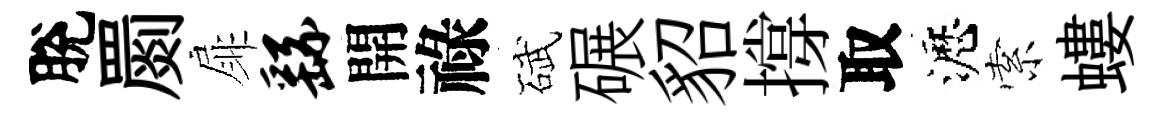
脫罽扉繇開祿碔碾貂撐取瀝索螻